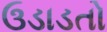
ઉડાડતો